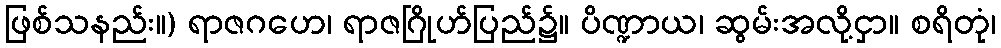
ဖြစ်သနည်း။) ရာဇဂဟေ၊ ရာဇဂြိုဟ်ပြည်၌။ ပိဏ္ဍာယ၊ ဆွမ်းအလို့ငှာ။ စရိတုံ၊